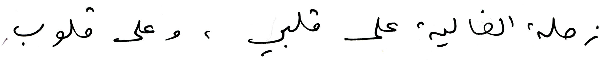
زحلة الغالية على قلبي، وعلى قلوب،